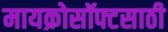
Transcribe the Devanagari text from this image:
मायक्रोसॉफ्टसाठी